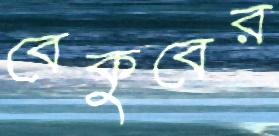
বেকুবের